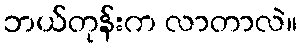
ဘယ်တုန်းက လာတာလဲ။